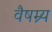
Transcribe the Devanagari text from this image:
वैषम्र्य